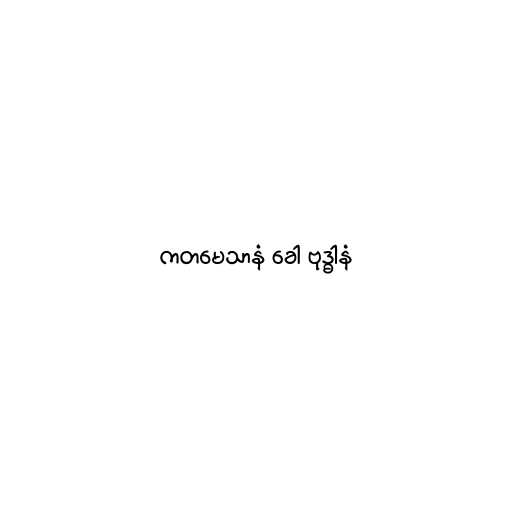
ကတမေသာနံ ခေါ ဗုဒ္ဓါနံ